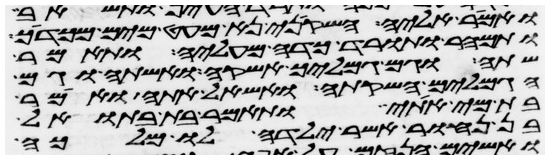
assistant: ואמר אליה השקיני נא מעט מים מכדך
ותמהר ותורד כדה מעליה ותאמר
שתה וגם גמליך אשקה ואשתה וגם
הגמלים השקתה ואשאל אתה ואמר
בת מי אתי ותאמר בת בתואל
בן נחור אשר ילדה לו מלכה